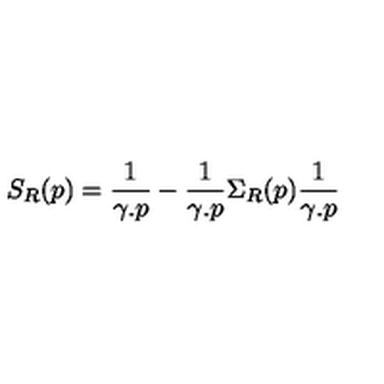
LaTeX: S _ { R } ( p ) = \frac { 1 } { \gamma . p } - \frac { 1 } { \gamma . p } \Sigma _ { R } ( p ) \frac { 1 } { \gamma . p }